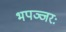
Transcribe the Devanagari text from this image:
भपञ्जरः